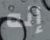
إنه